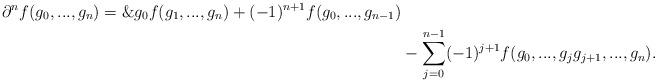
LaTeX: \begin{align*}\partial^n f(g_0,...,g_n)=\&g_0f(g_1,...,g_n)+(-1)^{n+1}f(g_0,...,g_{n-1})\\&-\sum_{j=0}^{n-1} (-1)^{j+1} f(g_0,...,g_jg_{j+1},...,g_n).\end{align*}